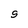
Character: 9